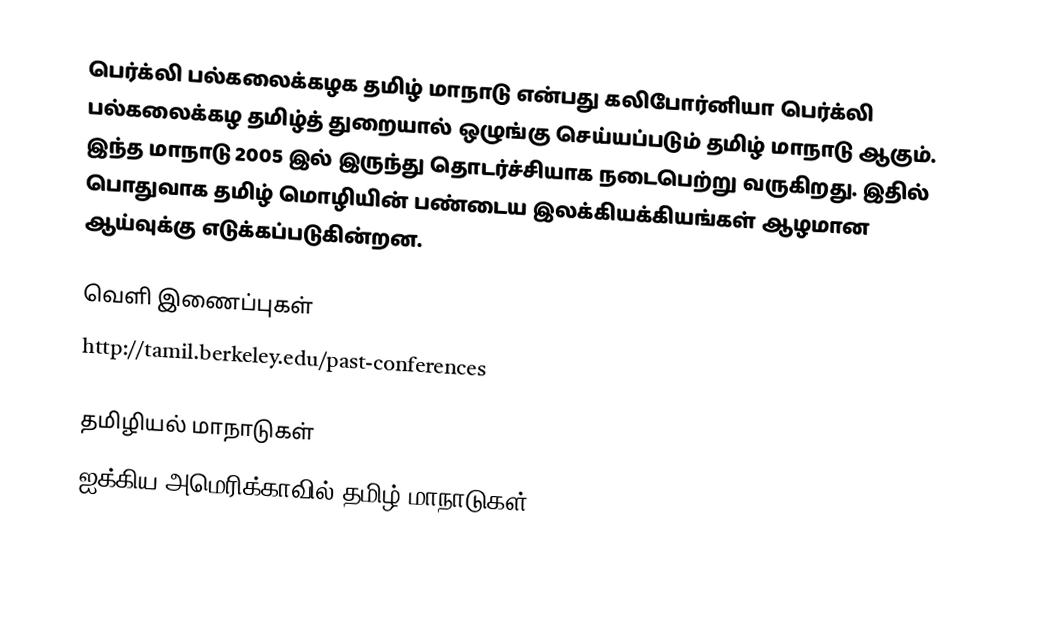
பெர்க்லி பல்கலைக்கழக தமிழ் மாநாடு என்பது கலிபோர்னியா பெர்க்லி பல்கலைக்கழ தமிழ்த் துறையால் ஒழுங்கு செய்யப்படும் தமிழ் மாநாடு ஆகும். இந்த மாநாடு 2005 இல் இருந்து தொடர்ச்சியாக நடைபெற்று வருகிறது. இதில் பொதுவாக தமிழ் மொழியின் பண்டைய இலக்கியக்கியங்கள் ஆழமான ஆய்வுக்கு எடுக்கப்படுகின்றன.

வெளி இணைப்புகள்
 http://tamil.berkeley.edu/past-conferences

தமிழியல் மாநாடுகள்
ஐக்கிய அமெரிக்காவில் தமிழ் மாநாடுகள்